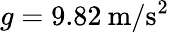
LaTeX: g=9.82\: \mathrm{m/s^{2}}